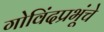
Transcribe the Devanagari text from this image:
गोविंदप्रभूंचे